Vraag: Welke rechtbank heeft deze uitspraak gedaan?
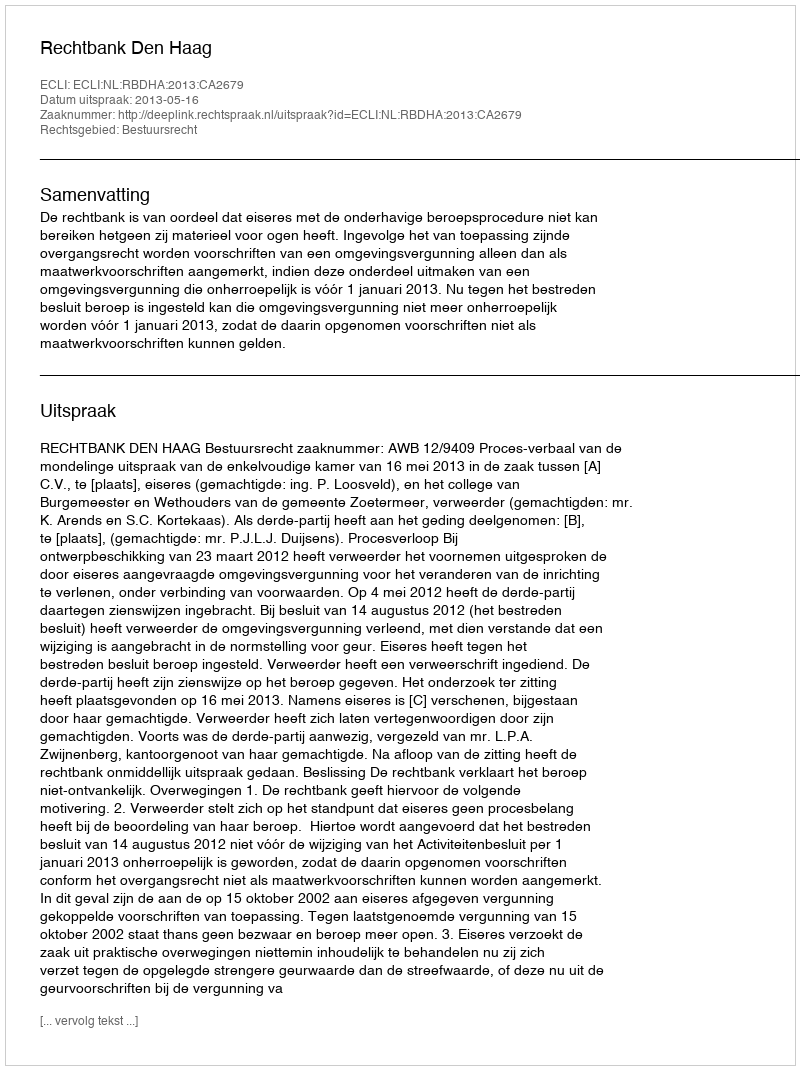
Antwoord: Rechtbank Den Haag